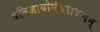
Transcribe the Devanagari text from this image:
प्रतिज्ञायोगंधरायणम्